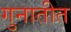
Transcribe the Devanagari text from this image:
गुनातीत